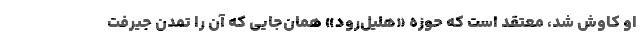
او کاوش شد، معتقد است که حوزه «هلیل‌رود» همان‌جایی که آن را تمدن جیرفت